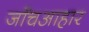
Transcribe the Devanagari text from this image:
जाँचआहार